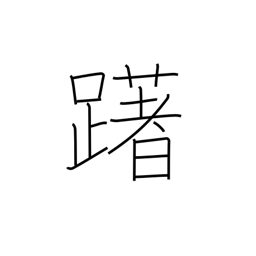
Meaning: hesitate